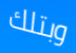
وبتلك